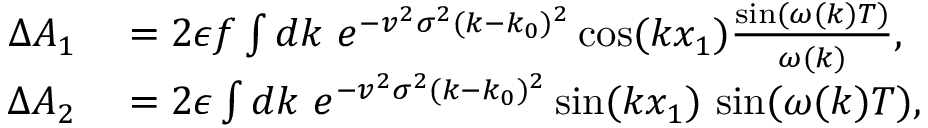
\begin{array} { r l } { \Delta A _ { 1 } } & { { } = 2 \epsilon f \int d k \ e ^ { - v ^ { 2 } \sigma ^ { 2 } ( k - k _ { 0 } ) ^ { 2 } } \cos ( k x _ { 1 } ) \frac { \sin ( \omega ( k ) T ) } { \omega ( k ) } , } \\ { \Delta A _ { 2 } } & { { } = 2 \epsilon \int d k \ e ^ { - v ^ { 2 } \sigma ^ { 2 } ( k - k _ { 0 } ) ^ { 2 } } \sin ( k x _ { 1 } ) \ { \sin ( \omega ( k ) T ) } , } \end{array}